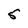
Character: 5